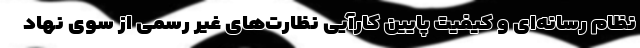
نظام رسانه‌ای و کیفیت پایین کارآیی نظارت‌های غیر رسمی از سوی نهاد